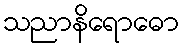
သညာနိရောဓော